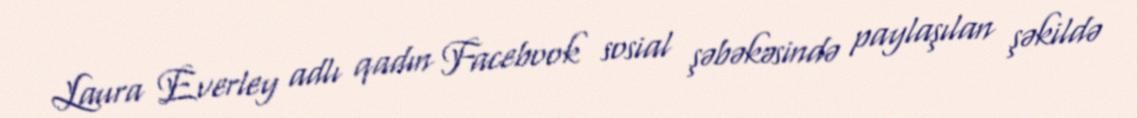
Laura Everley adlı qadın Facebook sosial şəbəkəsində paylaşılan şəkildə